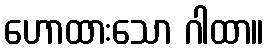
ဟောထားသော ဂါထာ။